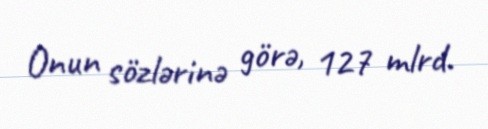
Onun sözlərinə görə, 127 mlrd.